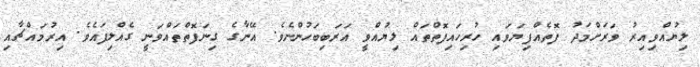
ލިޔުއްވިއިރު ވަރަށްމަދު ފޮތެއްފިޔަވައި ހުރިހައިފޮތްތައް ލިޔުއްވީ އަރަބިބަހުންނެވެ. އޭނާގެ ގިނަފޮތްތައްވަނީ ގެއްލިފައެވެ. އިރުމައްޗާއި